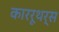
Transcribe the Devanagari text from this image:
काररूथर्स